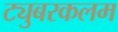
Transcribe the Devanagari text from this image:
ट्युबरकलम